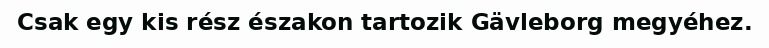
Csak egy kis rész északon tartozik Gävleborg megyéhez.